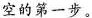
空的第一步。